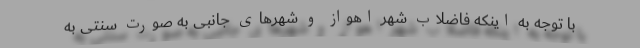
با توجه به اینکه فاضلاب شهر اهواز و شهرهای جانبی به صورت سنتی به